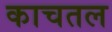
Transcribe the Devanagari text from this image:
काचतल